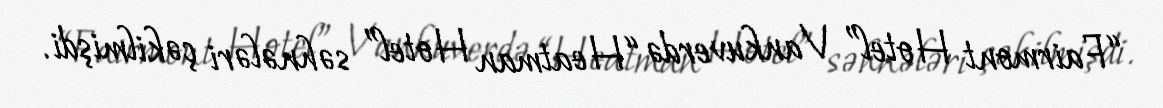
“Fairmont Hotel” Vankuverdə “Heatman Hotel” səhnələri çəkilmişdi.